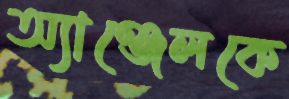
অ্যাঞ্জেলকে